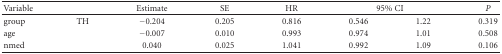
<table><thead><tr><td><b>Variable</b></td><td>[EMPTY_CELL]</td><td><b>Estimate</b></td><td><b>SE</b></td><td><b>HR</b></td><td colspan="2"><b>95% CI</b></td><td><b><i>P</i></b></td></tr></thead><tbody><tr><td>group</td><td>TH</td><td>−0.204</td><td>0.205</td><td>0.816</td><td>0.546</td><td>1.22</td><td>0.319</td></tr><tr><td>age</td><td>[EMPTY_CELL]</td><td>−0.007</td><td>0.010</td><td>0.993</td><td>0.974</td><td>1.01</td><td>0.508</td></tr><tr><td>nmed</td><td>[EMPTY_CELL]</td><td>0.040</td><td>0.025</td><td>1.041</td><td>0.992</td><td>1.09</td><td>0.106</td></tr></tbody></table>